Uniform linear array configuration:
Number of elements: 16
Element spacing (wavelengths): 0.75
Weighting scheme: blackman
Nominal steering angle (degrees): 15
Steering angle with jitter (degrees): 15.704
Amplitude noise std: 0.05
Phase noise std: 0.05

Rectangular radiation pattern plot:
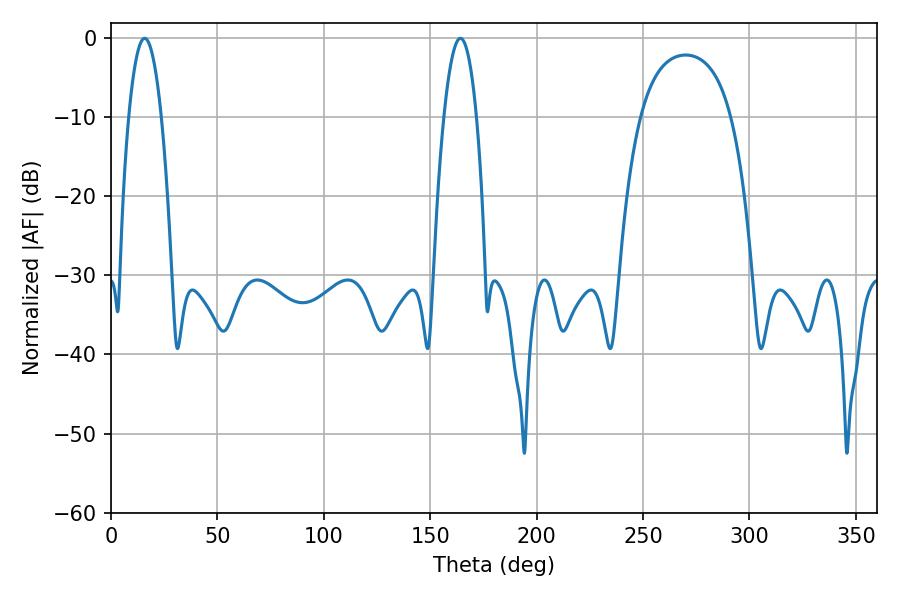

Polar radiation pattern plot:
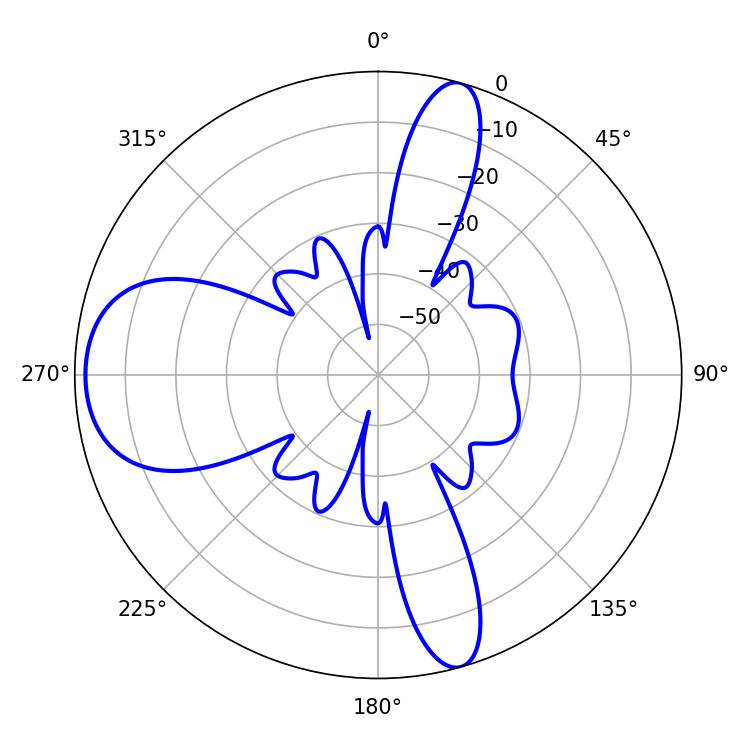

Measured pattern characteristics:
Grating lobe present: TRUE
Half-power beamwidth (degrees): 8.46
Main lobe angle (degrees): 15.84